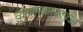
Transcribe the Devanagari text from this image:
व्यायामशास्त्रतज्ज्ञ